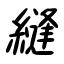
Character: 縫